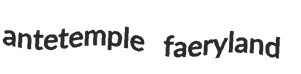
antetemple faeryland